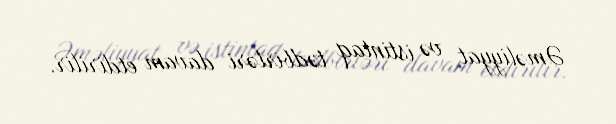
Əməliyyat və istintaq tədbirləri davam etdirilir.